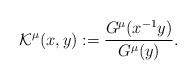
LaTeX: \begin{align*} \mathcal{K}^{\mu}(x,y):=\frac{G^{\mu}(x^{-1}y)}{G^{\mu}(y)}. \end{align*}